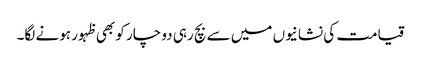
قیامت کی نشانیوں میں سے بچ رہی دو چار کو بھی ظہور ہونے لگا۔